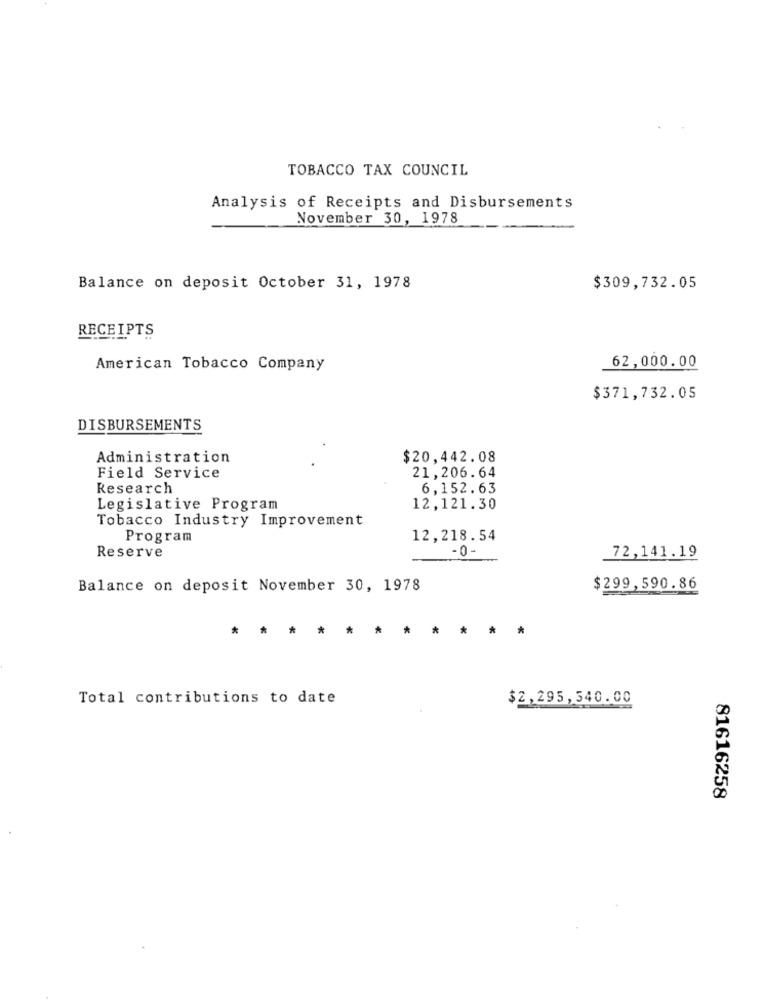
TOBACCO TAX COUNCIL
Analysis of Receipts and Disbursements
November 30, 1978
Balance on deposit October 31, 1978
$309,732.05
RECEIPTS
62,000.00
American Tobacco Company
$371,732.05
DISBURSEMENTS
Administration
$20,442.08
Field Service
21,206.64
Research
6,152.63
Legislative Program
12,121.30
Tobacco Industry Improvement
Program
12,218.54
Reserve
- 0-
72,141.19
Balance on deposit November 30, 1978
$299,590.86
*
*
*
*
*
* ***
Total contributions to date
$2,295,540.00
81616258